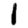
Digit: 1